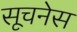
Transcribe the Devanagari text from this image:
सूचनेस